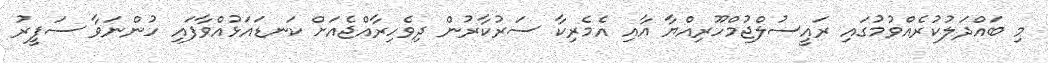
މި ބައްދަލުކުރެއްވުމުގައި ރައީސުލްޖުމްހޫރިއްޔާ އާއި އެމެރިކާ ސަރުކާރުން ދިވެހިރާއްޖެއަށް ކަނޑައަޅުއްވާފައި ހުންނަވާ ސަފީރު